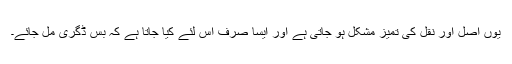
یوں اصل اور نقل کی تمیز مشکل ہو جاتی ہے اور ایسا صرف اس لئے کیا جاتا ہے کہ بس ڈگری مل جائے۔